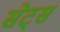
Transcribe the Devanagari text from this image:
सेट्‌स